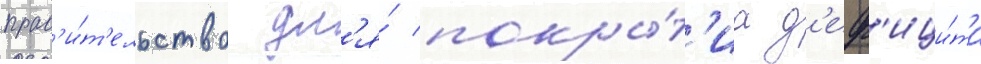
прав'и́т'ельство дл'я́ покры́т'иа д'еф'ици́та